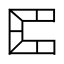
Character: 𠥓